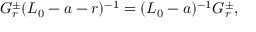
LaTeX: G _ { r } ^ { \pm } ( L _ { 0 } - a - r ) ^ { - 1 } = ( L _ { 0 } - a ) ^ { - 1 } G _ { r } ^ { \pm } ,